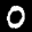
Label: 0